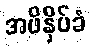
အဖိနှိပ်ခံ